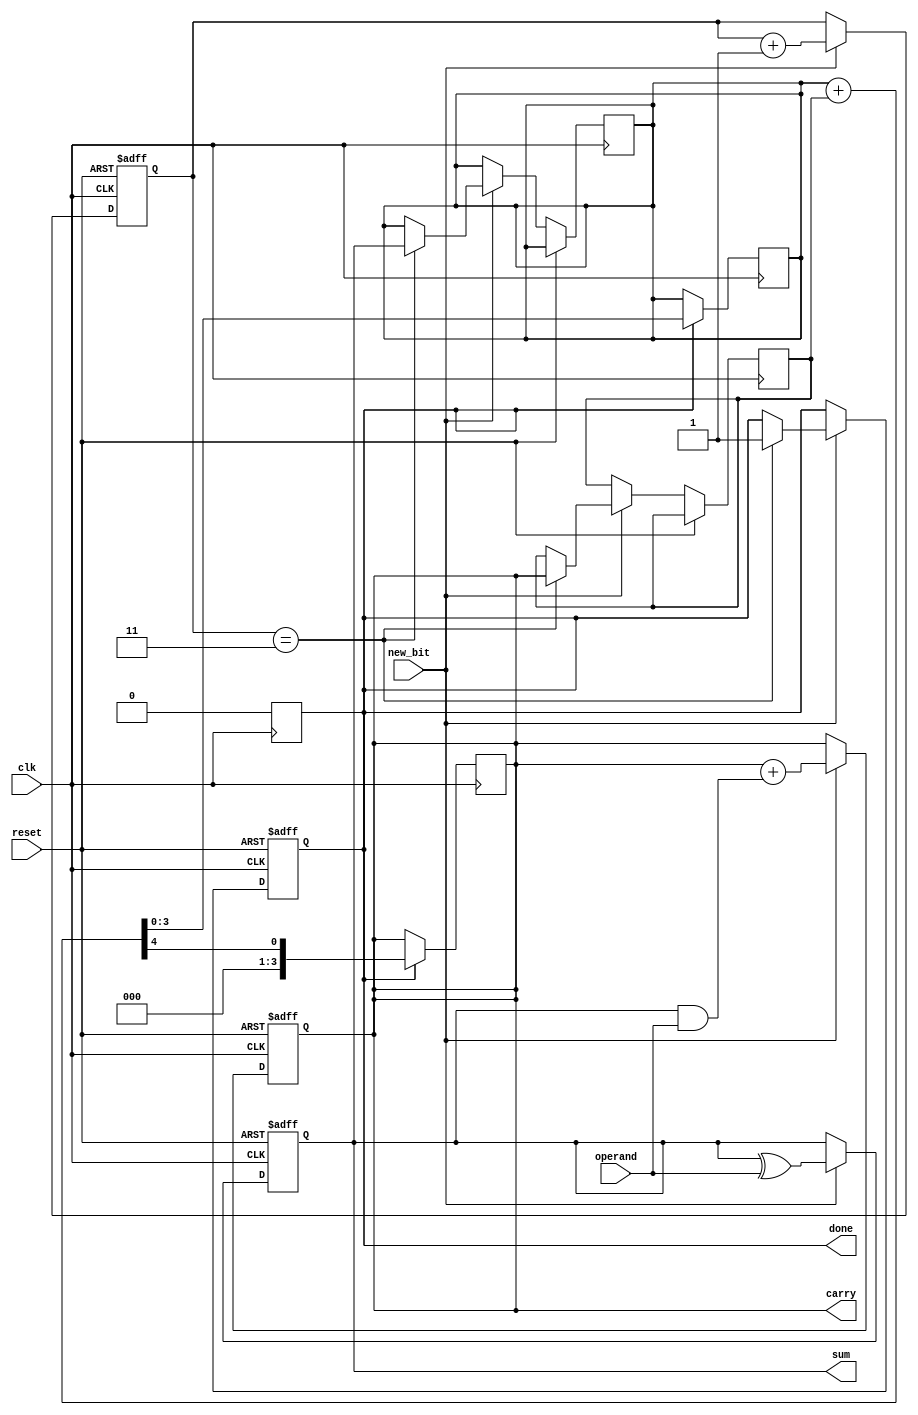
module CarrySaveAdder (
    input wire clk,               // Clock signal
    input wire reset,             // Reset signal
    input wire new_bit,           // Control signal indicating a new bit is available
    input wire [1:0] operand,     // Serial input operand (2 bits for 2 operands)
    output reg [3:0] sum,         // Accumulated sum output
    output reg [3:0] carry,       // Accumulated carry output
    output reg done               // Signal indicating the final output is ready
);

    // Internal registers to hold intermediate sums and carries
    reg [3:0] temp_sum;
    reg [3:0] temp_carry;
    reg [3:0] final_sum;
    reg [3:0] final_carry;
    reg [2:0] bit_count;          // Count of bits processed

    // Initialize the CSA
    always @(posedge clk or posedge reset) begin
        if (reset) begin
            sum <= 0;
            carry <= 0;
            temp_sum <= 0;
            temp_carry <= 0;
            bit_count <= 0;
            done <= 0;
        end else if (new_bit) begin
            // Process the incoming bits
            temp_sum = sum ^ operand; // Calculate new sum
            temp_carry = carry + (sum & operand); // Calculate new carry

            // Update the accumulated sum and carry
            sum <= temp_sum;
            carry <= temp_carry;

            // Increment the bit count
            bit_count <= bit_count + 1;

            // Check if all bits have been processed (assuming 4 bits for this example)
            if (bit_count == 3) begin
                // Finalize the output
                final_sum = sum;
                final_carry = carry;
                done <= 1; // Indicate that processing is done
            end
        end
    end

    // Final output stage to combine sum and carry
    always @(posedge clk) begin
        if (done) begin
            // Final addition of carry to sum
            {carry, final_sum} <= final_sum + final_carry;
            done <= 0; // Reset done signal for next operation
        end
    end

endmodule